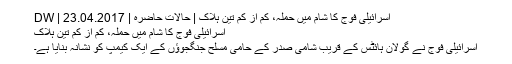
اسرائیلی فوج کا شام میں حملہ، کم از کم تین ہلاک | حالات حاضرہ | DW | 23.04.2017
اسرائیلی فوج کا شام میں حملہ، کم از کم تین ہلاک
اسرائیلی فوج نے گولان ہائٹس کے قریب شامی صدر کے حامی مسلح جنگجوؤں کے ایک کیمپ کو نشانہ بنایا ہے۔